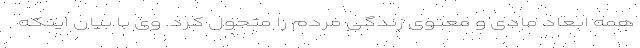
همه ابعاد مادی و معنوی زندگی مردم را متحول کرد. وی با بیان اینکه